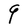
Character: q